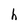
Character: h